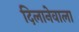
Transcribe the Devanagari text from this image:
दिलानेवाला